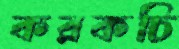
করকচি